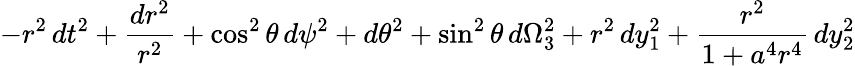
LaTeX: -r^{2}\, dt^{2}+{\frac{dr^{2}}{r^{2}}}+\cos^{2}\theta\, d\psi^{2}+d\theta^{2}+\sin^{2}\theta\, d\Omega_{3}^{2}+r^{2}\, dy_{1}^{2}+{\frac{r^{2}}{1+a^{4}r^{4}}}\, dy_{2}^{2}